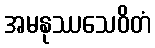
အမနုဿသေဝိတံ